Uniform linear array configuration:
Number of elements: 32
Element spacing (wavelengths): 0.25
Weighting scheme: uniform
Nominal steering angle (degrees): -30
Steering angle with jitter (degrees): -28.955
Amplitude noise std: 0.05
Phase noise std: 0.05

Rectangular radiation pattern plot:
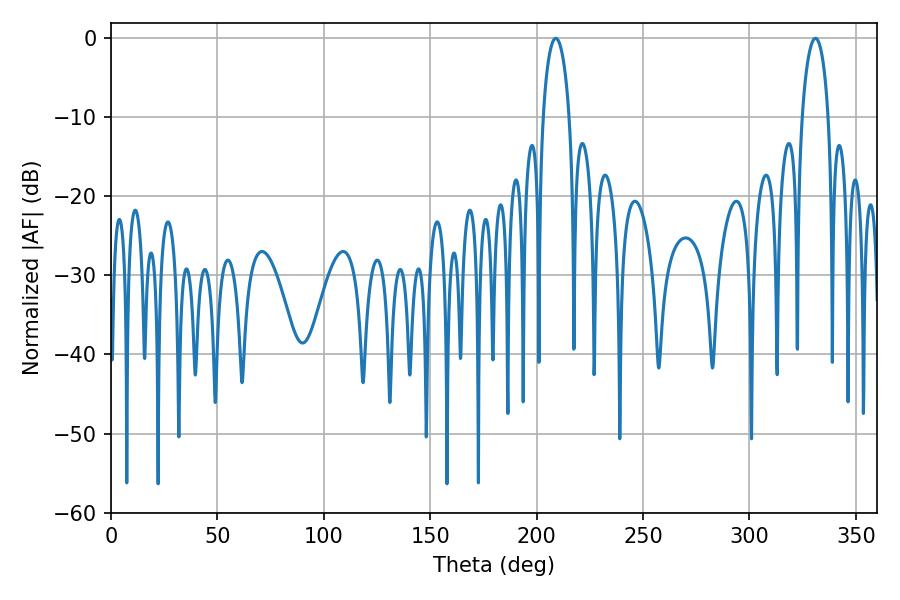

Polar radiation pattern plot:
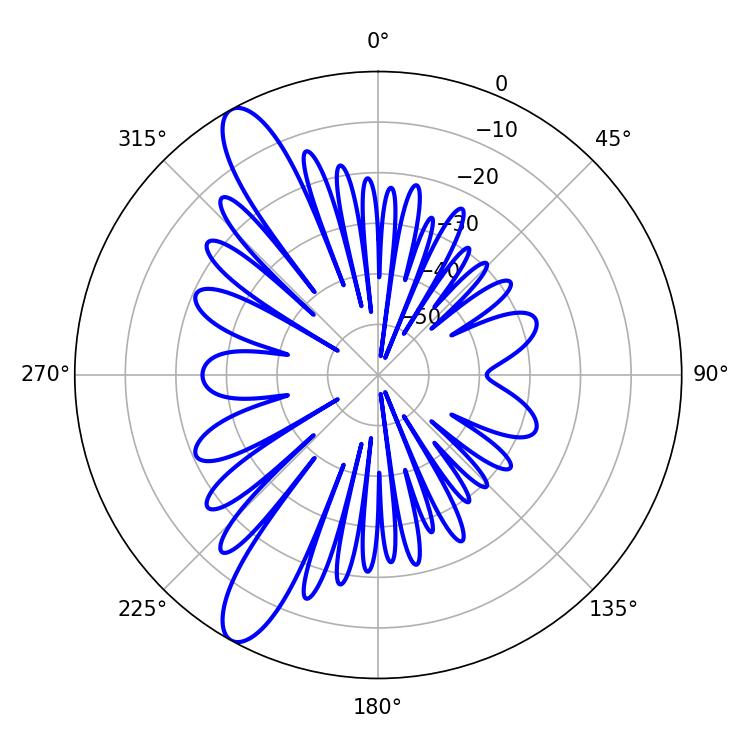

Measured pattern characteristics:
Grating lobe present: FALSE
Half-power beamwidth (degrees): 7.02
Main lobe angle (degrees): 208.98